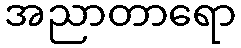
အညာတာရော